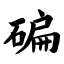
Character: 碥